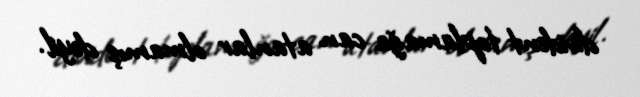
divident toplamağa can atanlar olmamış deyil.